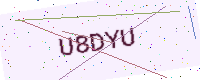
Text: U8DYU